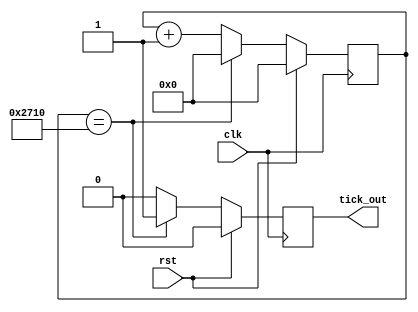
module ms_counter (
  input clk,
  input rst,
  output reg tick_out // tick_out on ms
);

reg [14:0] tick_counter;

always @(posedge clk) begin
  if (rst) begin
    tick_counter = 0;
    tick_out <= 0;
  end
  else if (tick_counter == 10000) begin
    tick_out <= 1'b1;
    tick_counter <= 0;
  end
  else begin
    tick_out <= 1'b0;
    tick_counter <= tick_counter + 1;
  end
end
endmodule